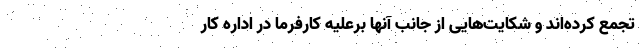
تجمع کرده‌اند و شکایت‌هایی از جانب آنها برعلیه کارفرما در اداره کار